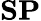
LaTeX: \textbf{SP}